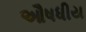
ઔષધીય